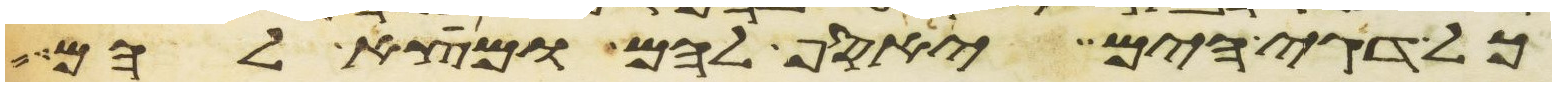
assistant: כל דגי הים יאסף להם ומצא להם